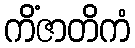
ကိံဇာတိကံ